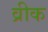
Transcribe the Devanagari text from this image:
व्रीक